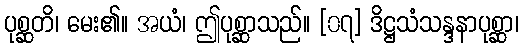
ပုစ္ဆတိ၊ မေး၏။ အယံ၊ ဤပုစ္ဆာသည်။ [၀၇] ဒိဋ္ဌသံသန္ဒနာပုစ္ဆာ၊